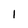
Character: 1